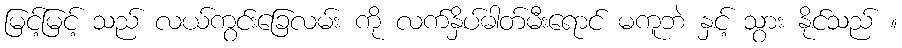
မြင့်မြင့် သည် လယ်ကွင်းခြေလမ်း ကို လက်နှိပ်ဓါတ်မီးရောင် မကူဘဲ နှင့် သွား နိုင်သည် ။